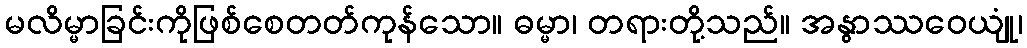
မလိမ္မာခြင်းကိုဖြစ်စေတတ်ကုန်သော။ ဓမ္မာ၊ တရားတို့သည်။ အနွာဿဝေယျုံ၊